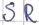
Text: SR